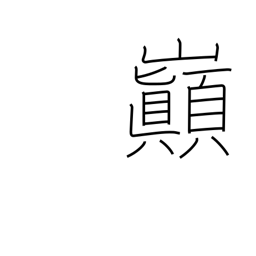
Meaning: summit